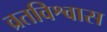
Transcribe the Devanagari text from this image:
व्रतविश्वास